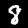
Digit: 8